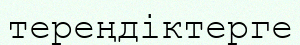
тереңдіктерге